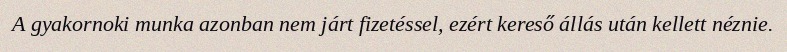
A gyakornoki munka azonban nem járt fizetéssel, ezért kereső állás után kellett néznie.